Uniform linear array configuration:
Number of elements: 64
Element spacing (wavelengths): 0.75
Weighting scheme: cosine
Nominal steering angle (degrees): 15
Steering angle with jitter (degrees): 16.909
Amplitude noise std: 0.05
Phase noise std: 0.05

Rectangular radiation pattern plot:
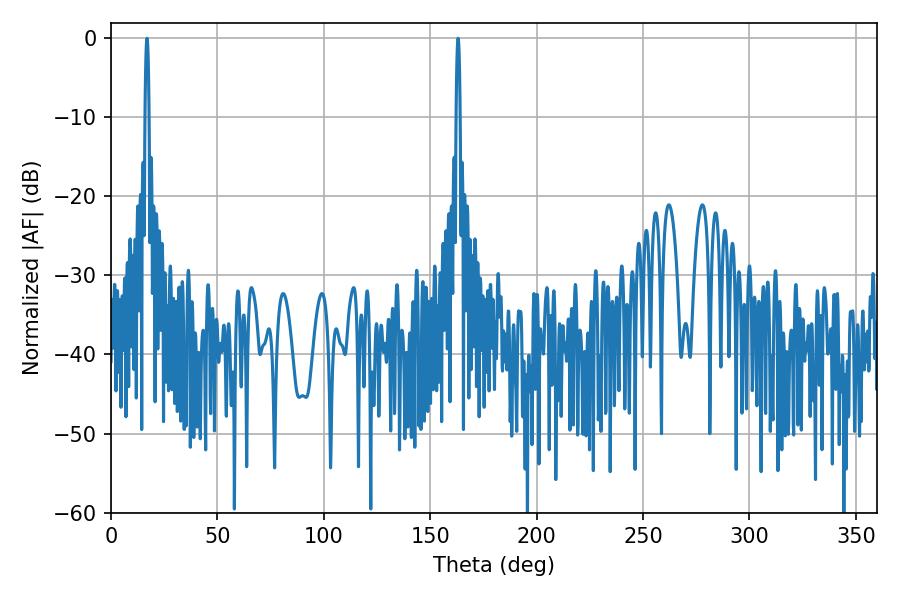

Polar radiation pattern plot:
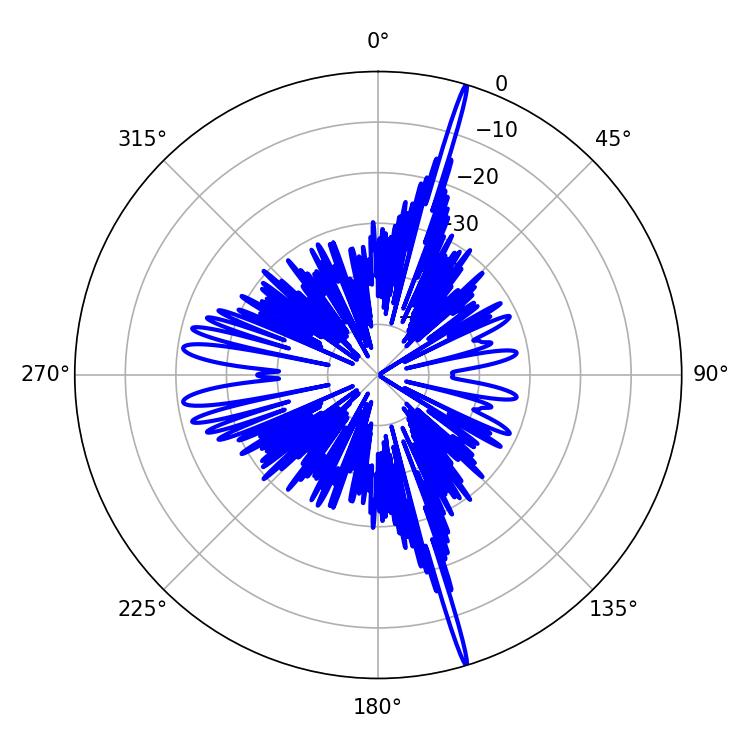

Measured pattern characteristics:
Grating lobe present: TRUE
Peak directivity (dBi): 22.711
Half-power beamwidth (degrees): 1.08
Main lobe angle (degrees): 16.92